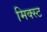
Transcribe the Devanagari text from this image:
मिक्स्ट